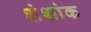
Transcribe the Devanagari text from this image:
शंशांक